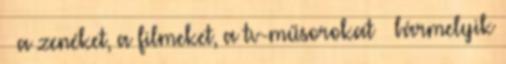
– a zenéket, a filmeket, a tv-műsorokat – bármelyik